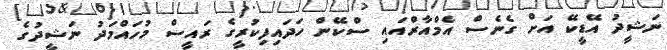
ނަޝީދު އޭޑީކޭ އަށް ގެނެސް އެމްއާރްއައި ސްކޭން ހަދައިފިކުރީގެ ރައީސް މުހައްމަދު ނަޝީދުގެ